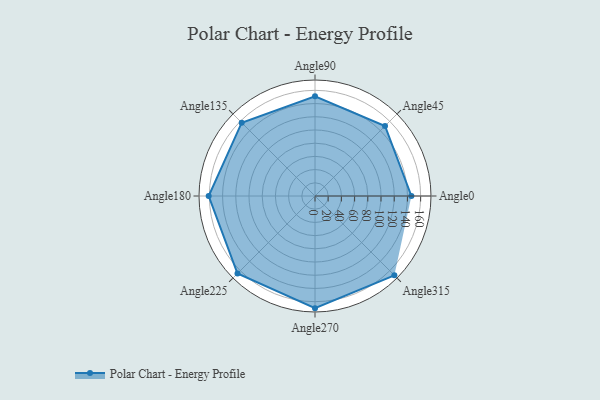
{"axis": {"x": "Angle", "y": "Radius"}, "legend": [""], "data": [{"x": "Angle0", "y": 146.0, "type": ""}, {"x": "Angle45", "y": 150.0, "type": ""}, {"x": "Angle90", "y": 151.0, "type": ""}, {"x": "Angle135", "y": 157.0, "type": ""}, {"x": "Angle180", "y": 161.0, "type": ""}, {"x": "Angle225", "y": 166.0, "type": ""}, {"x": "Angle270", "y": 170.0, "type": ""}, {"x": "Angle315", "y": 170, "type": ""}]}